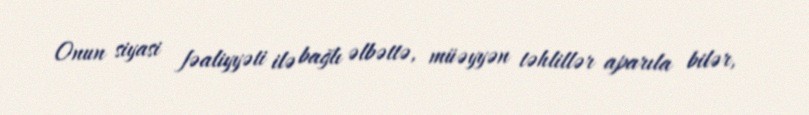
Onun siyasi fəaliyyəti ilə bağlı əlbəttə, müəyyən təhlillər aparıla bilər,